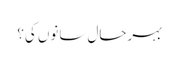
بہرحال سانوں کی؟